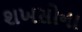
શખસોના